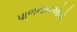
પાળનારાઓનો